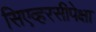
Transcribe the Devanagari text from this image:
सिएव्हरसीपेक्षा